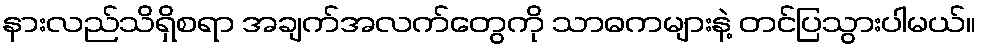
နားလည်သိရှိစရာ အချက်အလက်တွေကို သာဓကများနဲ့ တင်ပြသွားပါမယ်။